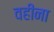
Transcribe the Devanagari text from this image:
वहीना